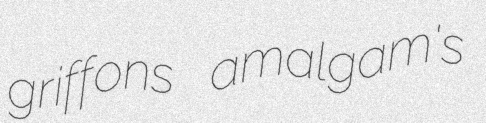
griffons amalgam's